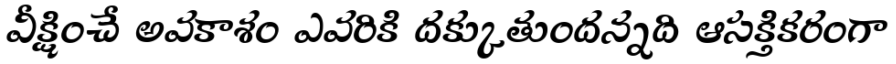
వీక్షించే అవకాశం ఎవరికి దక్కుతుందన్నది ఆసక్తికరంగా